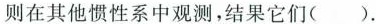
则在其他惯性系中观测，结果它们( ).